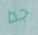
جدا